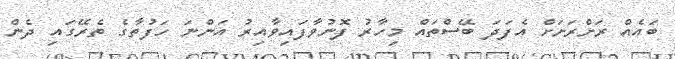
ބައެއް ރަށްރަށަށް އެފަދަ ބޭސްތައް މިހާރު ފޮނުވާފައިވާއިރު އަންނަ ހަފުތާގެ ތެރޭގައި ދެން